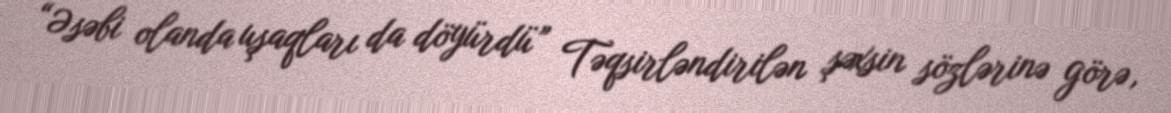
“Əsəbi olanda uşaqları da döyürdü” Təqsirləndirilən şəxsin sözlərinə görə,